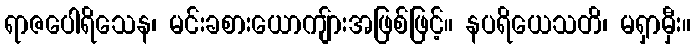
ရာဇပေါရိသေန၊ မင်းခစားယောကျ်ားအဖြစ်ဖြင့်။ နပရိယေသတိ၊ မရှာမှီး။